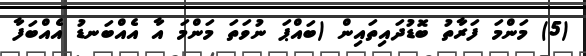
(5) މަންމަ ފަރާތު ބޮޑުދައިތައިން (ބައްޕަ ނުވަތަ މަންމަ އާ އެއްބަނޑު އެއްބަފާ